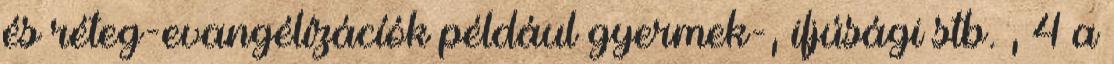
és réteg-evangélízácíók például gyermek-, ifjúsági stb. , 4 a